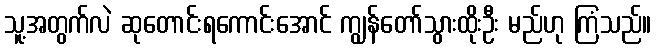
သူ့အတွက်လဲ ဆုတောင်းရကောင်းအောင် ကျွန်တော်သွားထိုးဦး မည်ဟု ကြံသည်။